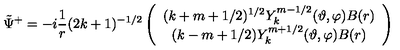
\tilde { \Psi } ^ { + } = - i \frac 1 r ( 2 k + 1 ) ^ { - 1 / 2 } \left( \begin{array} { c } { ( k + m + 1 / 2 ) ^ { 1 / 2 } Y _ { k } ^ { m - 1 / 2 } ( \vartheta , \varphi ) B ( r ) } \\ { ( k - m + 1 / 2 ) Y _ { k } ^ { m + 1 / 2 } ( \vartheta , \varphi ) B ( r ) } \\ \end{array} \right)